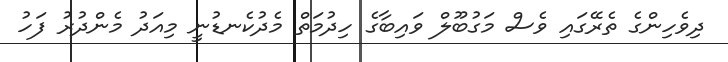
ދިވެހިންގެ ތެރޭގައި ވެސް މަގުބޫލް ވައިބާގެ ހިދުމަތް މެދުކެނޑުނީ މިއަދު މެންދުރު ފަހު